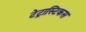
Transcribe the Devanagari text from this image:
टेट्रास्टिकस